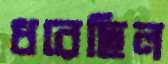
ধরেছিল